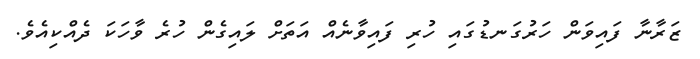
ޒަރާނާ ފައިވަން ހަރުގަނޑުގައި ހުރި ފައިވާނެއް އަތަށް ލައިގެން ހުރެ ވާހަކަ ދެއްކިއެވެ.